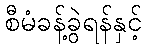
စီမံခန့်ခွဲရန်နှင့်